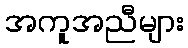
အကူအညီများ